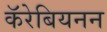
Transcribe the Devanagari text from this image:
कॅरेबियनन